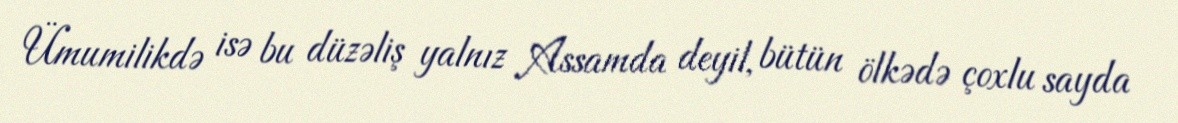
Ümumilikdə isə bu düzəliş yalnız Assamda deyil, bütün ölkədə çoxlu sayda